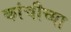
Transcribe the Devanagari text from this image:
कांचीच्या